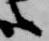
之